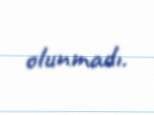
olunmadı.